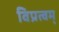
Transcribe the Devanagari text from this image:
विप्रत्वम्